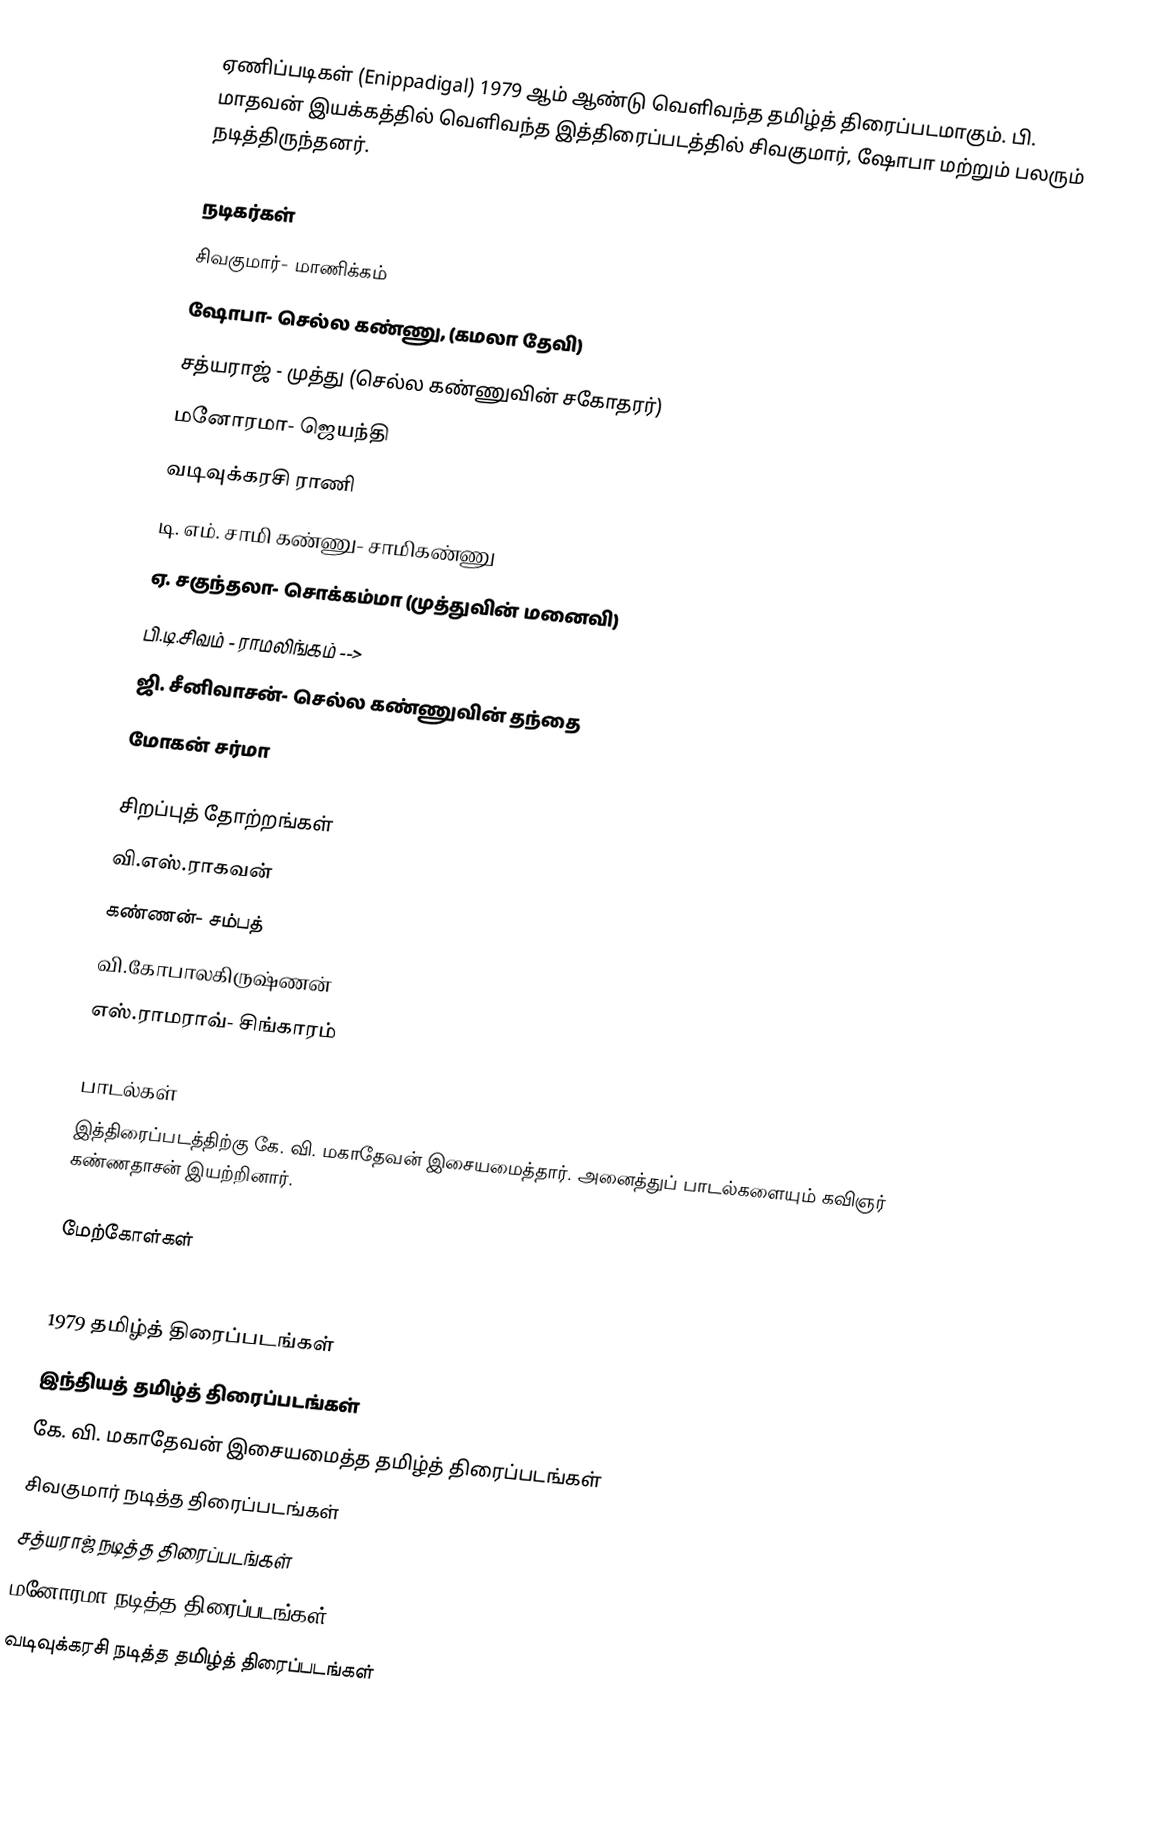
ஏணிப்படிகள் (Enippadigal) 1979 ஆம் ஆண்டு வெளிவந்த தமிழ்த் திரைப்படமாகும். பி. மாதவன் இயக்கத்தில் வெளிவந்த இத்திரைப்படத்தில் சிவகுமார், ஷோபா மற்றும் பலரும் நடித்திருந்தனர்.

நடிகர்கள்
 சிவகுமார்- மாணிக்கம்
 ஷோபா- செல்ல கண்ணு, (கமலா தேவி)
 சத்யராஜ் - முத்து (செல்ல கண்ணுவின் சகோதரர்)
 மனோரமா- ஜெயந்தி
 வடிவுக்கரசி ராணி
 டி. எம். சாமி கண்ணு- சாமிகண்ணு
 ஏ. சகுந்தலா- சொக்கம்மா (முத்துவின் மனைவி)
 பி.டி.சிவம் - ராமலிங்கம் -->
 ஜி. சீனிவாசன்- செல்ல கண்ணுவின் தந்தை
 மோகன் சர்மா

சிறப்புத் தோற்றங்கள்
 வி.எஸ்.ராகவன்
 கண்ணன்- சம்பத்
 வி.கோபாலகிருஷ்ணன்
 எஸ்.ராமராவ்- சிங்காரம்

பாடல்கள்
இத்திரைப்படத்திற்கு கே. வி. மகாதேவன் இசையமைத்தார். அனைத்துப் பாடல்களையும் கவிஞர் கண்ணதாசன் இயற்றினார்.

மேற்கோள்கள்

1979 தமிழ்த் திரைப்படங்கள்
இந்தியத் தமிழ்த் திரைப்படங்கள்
கே. வி. மகாதேவன் இசையமைத்த தமிழ்த் திரைப்படங்கள்
சிவகுமார் நடித்த திரைப்படங்கள்
சத்யராஜ் நடித்த திரைப்படங்கள்
மனோரமா நடித்த திரைப்படங்கள்
வடிவுக்கரசி நடித்த தமிழ்த் திரைப்படங்கள்